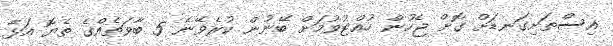
އިސްތަށިގަނޑަށް ގޮށް ޖެހުން ހުއްޓުވުމަށް ބޭނުން ކުރެވޭނެ 5 ބާވަތެއްގެ ތެޔޮ އަޅާ